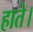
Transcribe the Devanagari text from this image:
हाते।